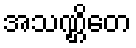
အသဏ္ဌိတေ